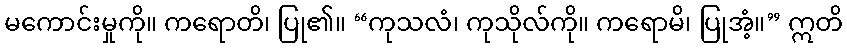
မကောင်းမှုကို။ ကရောတိ၊ ပြု၏။ “ကုသလံ၊ ကုသိုလ်ကို။ ကရောမိ၊ ပြုအံ့။” ဣတိ